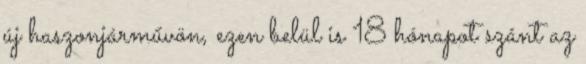
új haszonjárművön, ezen belül is 18 hónapot szánt az